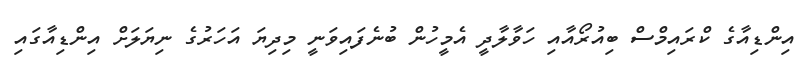
އިންޑިއާގެ ކްރައިމްސް ބިއުރޯއާއި ހަވާލާދީ އެމީހުން ބުނެފައިވަނީ މިދިޔަ އަހަރުގެ ނިޔަލަށް އިންޑިއާގައި